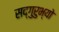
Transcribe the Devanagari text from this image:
सद्गुरुभ्यो